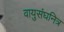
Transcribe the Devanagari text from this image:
वायुसंघनित्र